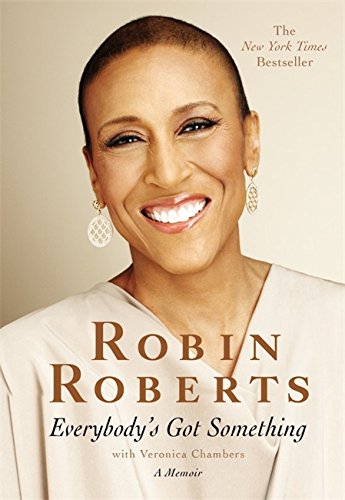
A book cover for Everybody's Got Something; Robin Roberts; Health, Fitness & Dieting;